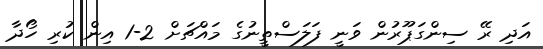
އަދި ރޭ ސިންގަޕޫރުން ވަނީ ފަލަސްތީނުގެ މައްޗަށް 2-1 އިން ކުރި ހޯދާ